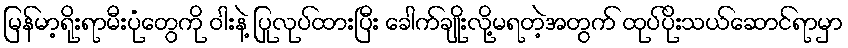
မြန်မာ့ရိုးရာမီးပုံတွေကို ဝါးနဲ့ ပြုလုပ်ထားပြီး ခေါက်ချိုးလို့မရတဲ့အတွက် ထုပ်ပိုးသယ်ဆောင်ရာမှာ